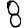
Digit: 8